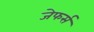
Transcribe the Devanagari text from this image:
जेफर्स